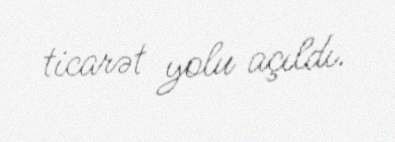
ticarət yolu açıldı.